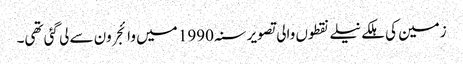
زمین کی ہلکے نیلے نقطوں والی تصویر سنہ 1990 میں وائجر ون سے لی گئی تھی۔